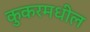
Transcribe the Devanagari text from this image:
कुकरमधील